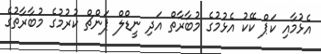
އެޅުމާއި ކަޕް ކޭކު އެޅުމުގެ މުބާރާތް އަދި ނީޑްލް ޕަންޗް ކުރުމުގެ މުބާރާތުގެ